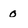
Character: 0